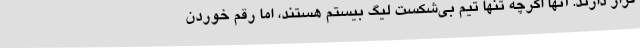
قرار دارند. آنها اگرچه تنها تیم بی‌شکست لیگ بیستم هستند، اما رقم خوردن